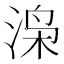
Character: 𬇼